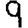
Digit: 9